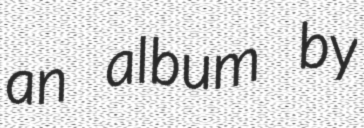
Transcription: an album by